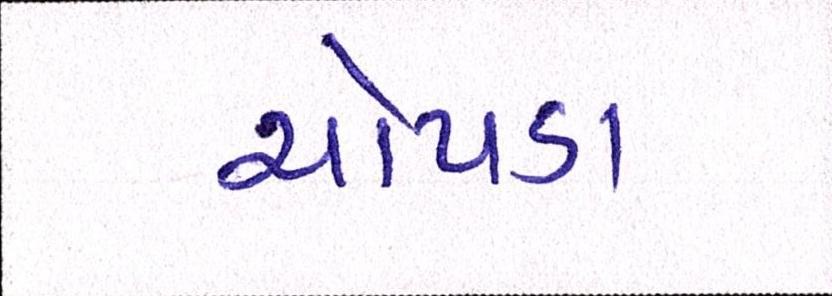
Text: ચોપડા